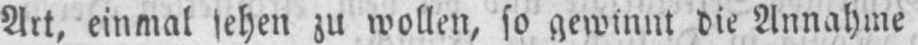
Art, einmal sehen zu wollen, so gewinnt die Annahme